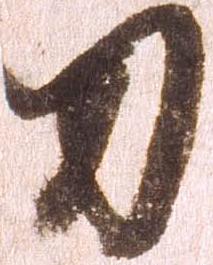
刀